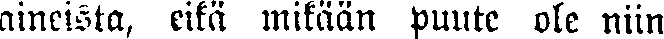
aineista, eikä mikään puute ole niin